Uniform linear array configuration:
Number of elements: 24
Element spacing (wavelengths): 1
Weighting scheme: kaiser
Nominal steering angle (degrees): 45
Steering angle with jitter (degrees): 44.945
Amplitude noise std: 0.05
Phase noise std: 0.05

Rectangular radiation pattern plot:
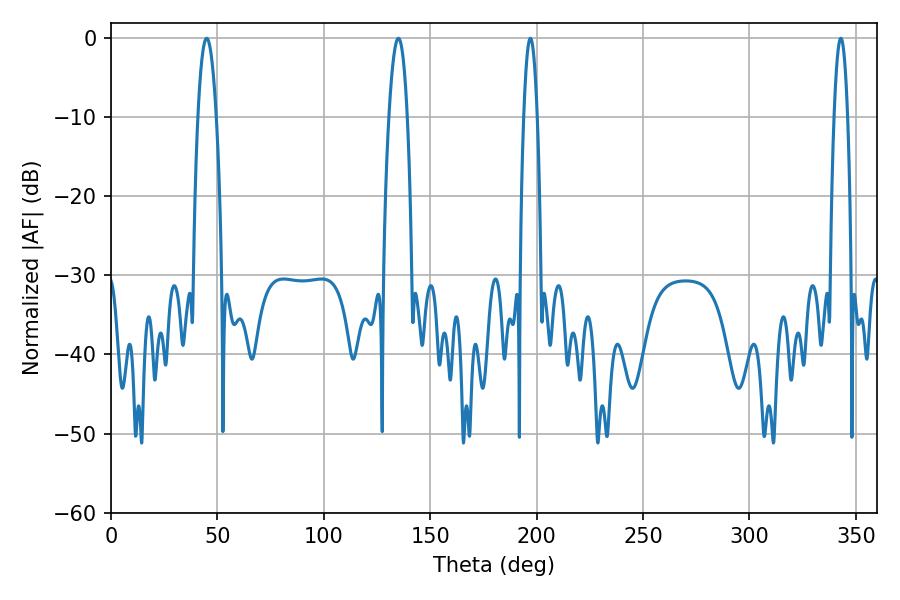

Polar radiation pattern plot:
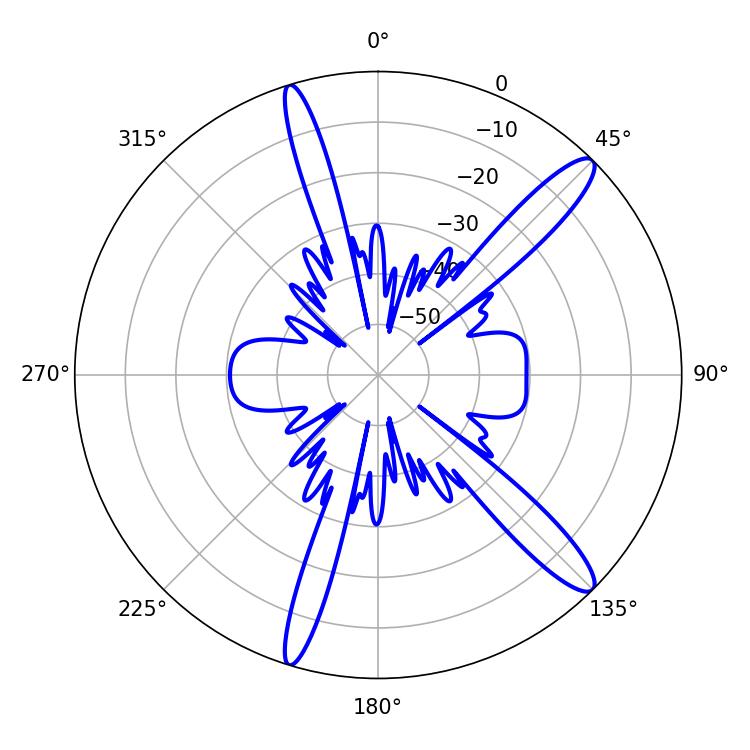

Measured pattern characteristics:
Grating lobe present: TRUE
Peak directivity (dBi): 13.549
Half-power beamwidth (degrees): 4.68
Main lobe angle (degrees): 135